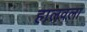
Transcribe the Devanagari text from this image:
हालवला